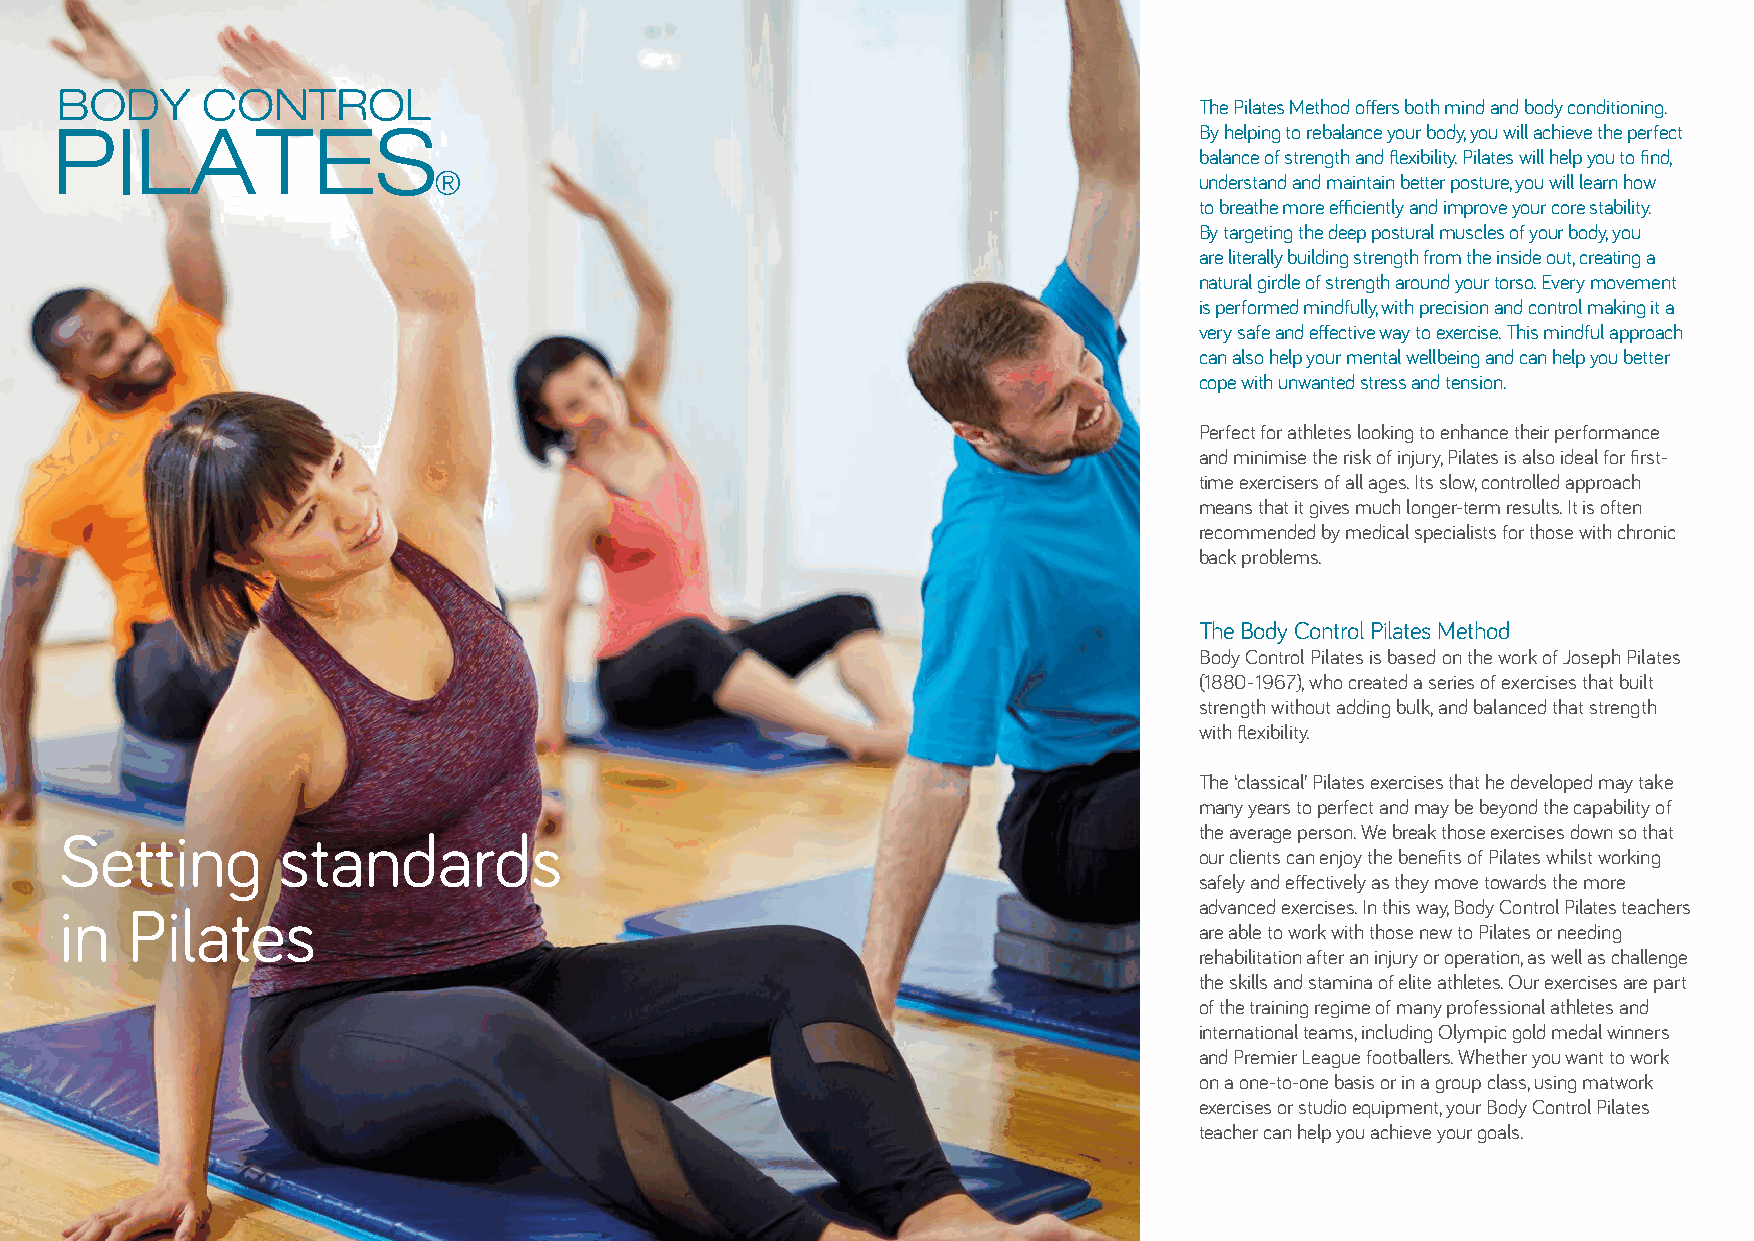
The Pilates Method offers both mind and body conditioning.
 By helping to rebalance your body, you will achieve the perfect
 balance of strength and flexibility. Pilates will help you to find,
 understand and maintain better posture, you will learn how
 to breathe more efficiently and improve your core stability.
 By targeting the deep postural muscles of your body, you
 are literally building strength from the inside out, creating a
 natural girdle of strength around your torso. Every movement
 is performed mindfully, with precision and control making it a
 very safe and effective way to exercise. This mindful approach
 can also help your mental wellbeing and can help you better
 cope with unwanted stress and tension.
 Perfect for athletes looking to enhance their performance
 and minimise the risk of injury, Pilates is also ideal for first-
 time exercisers of all ages. Its slow, controlled approach
 means that it gives much longer-term results. It is often
 recommended by medical specialists for those with chronic
 back problems.
 The Body Control Pilates Method
 Body Control Pilates is based on the work of Joseph Pilates
 (1880-1967), who created a series of exercises that built
 strength without adding bulk, and balanced that strength
 with flexibility.
 The ‘classical’ Pilates exercises that he developed may take
 many years to perfect and may be beyond the capability of
 the average person. We break those exercises down so that
 Setting       standards
 our clients can enjoy the benefits of Pilates whilst working
 safely and effectively as they move towards the more
 advanced exercises. In this way, Body Control Pilates teachers
 in  Pilates
 are able to work with those new to Pilates or needing
 rehabilitation after an injury or operation, as well as challenge
 the skills and stamina of elite athletes. Our exercises are part
 of the training regime of many professional athletes and
 international teams, including Olympic gold medal winners
 and Premier League footballers. Whether you want to work
 on a one-to-one basis or in a group class, using matwork
 exercises or studio equipment, your Body Control Pilates
 teacher can help you achieve your goals.